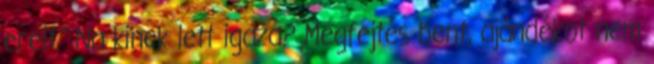
ereit." Na kinek lett igaza? Megfejtés bent, ajándékot nem